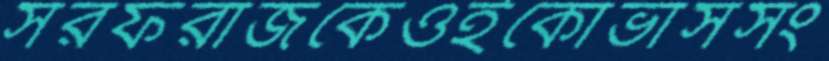
সরফরাজকেওইকোভাসসং